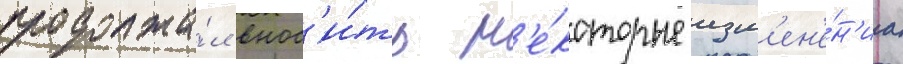
продолжа́л внос'и́ть н'е́которые изм'ен'е́н'иа